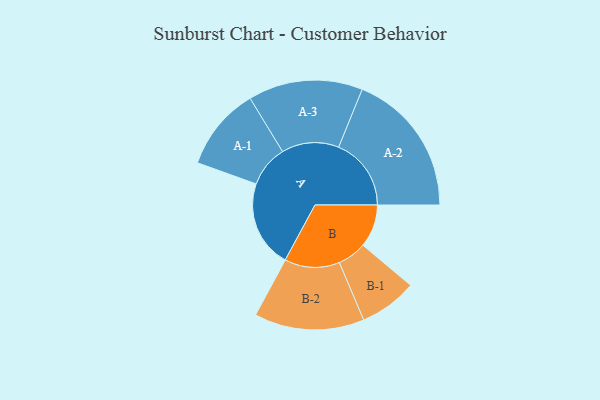
{"axis": {"x": "Segment", "y": "Value"}, "legend": ["", "A", "B"], "data": [{"x": "A", "y": 307, "type": ""}, {"x": "B", "y": 151, "type": ""}, {"x": "A-1", "y": 147, "type": "A"}, {"x": "A-2", "y": 256, "type": "A"}, {"x": "A-3", "y": 202, "type": "A"}, {"x": "B-1", "y": 102, "type": "B"}, {"x": "B-2", "y": 194, "type": "B"}]}